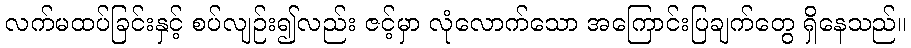
လက်မထပ်ခြင်းနှင့် စပ်လျဉ်း၍လည်း ဇင့်မှာ လုံလောက်သော အကြောင်းပြချက်တွေ ရှိနေသည်။